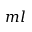
m l